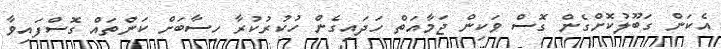
އެކަން ގަބޫލުކޮށްގެން ގޮސް ވަކިން ޖަމާއަތް ހަދައިގެން ހުކުރުކުރާ ހިސާބަށް ކަންތައް ގޮސްފައިވާ